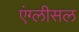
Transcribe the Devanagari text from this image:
एंग्लीसल